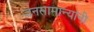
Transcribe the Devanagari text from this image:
जनसामान्यांनी